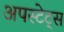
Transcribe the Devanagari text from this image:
अपस्टेट्स